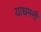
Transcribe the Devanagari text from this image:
याधमनी